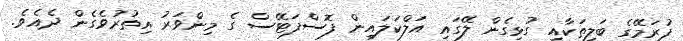
ފުރަމޭގެ ބަލިތަކާއި ގުޅިގެން ލޭގައި އަލްކަލައިން ފޮސްފަޓޭސް ގެ މިންވަރު އިތުރުވެގެން ދެއެވެ.